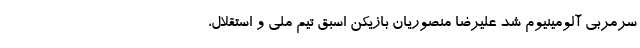
سرمربی آلومینیوم شد علیرضا منصوریان بازیکن اسبق تیم ملی و استقلال،